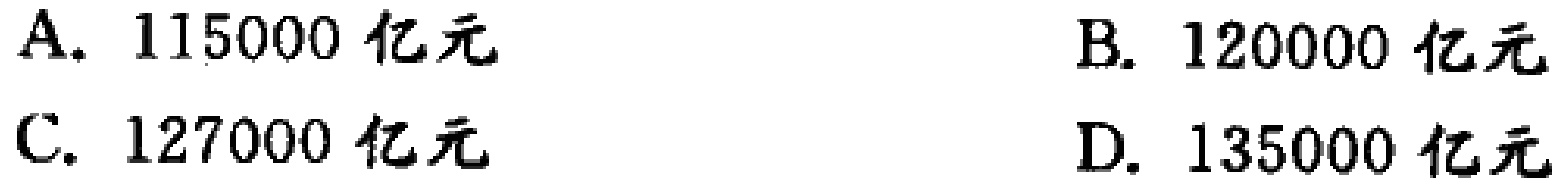
A. \(115000\) 亿元
B. \(120000\) 亿元
C. \(127000\) 亿元
D. \(135000\) 亿元